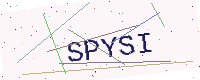
Text: SPYSI